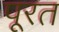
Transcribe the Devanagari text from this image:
पूरत